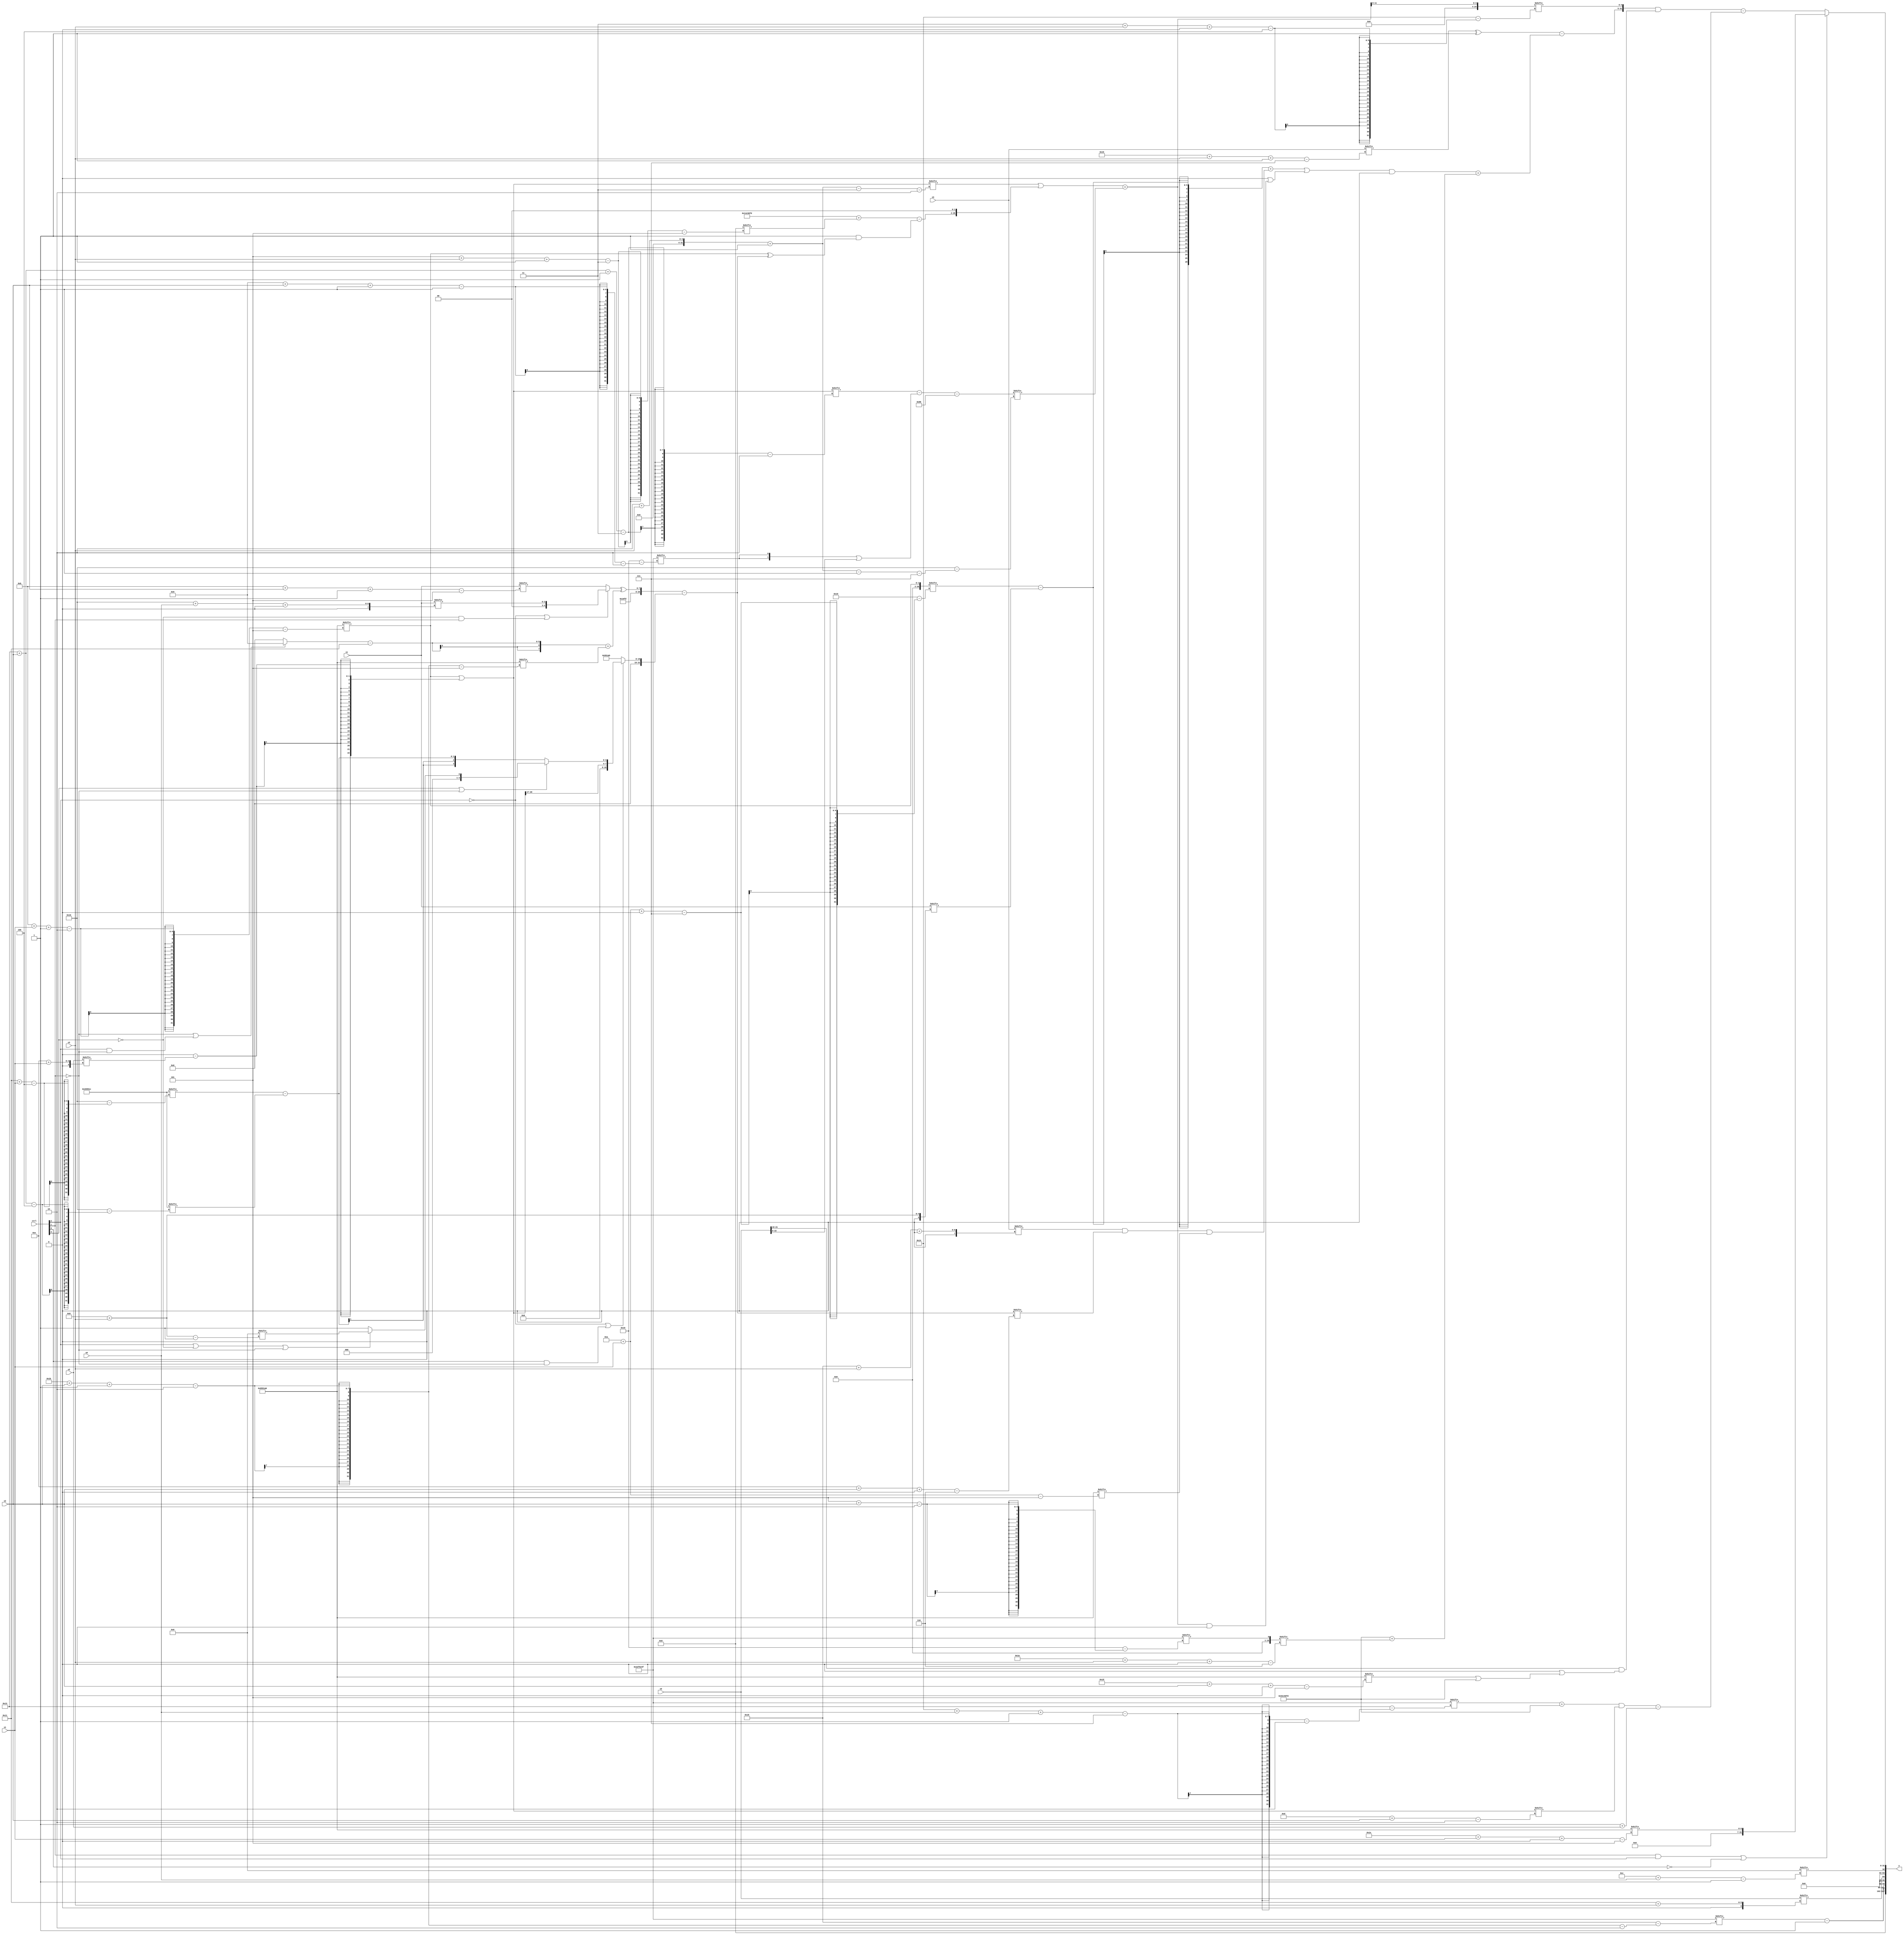
module partsel_00795(ctrl, s0, s1, s2, s3, x0, x1, x2, x3, y);
  input [3:0] ctrl;
  input [2:0] s0;
  input [2:0] s1;
  input [2:0] s2;
  input [2:0] s3;
  input [31:0] x0;
  input signed [31:0] x1;
  input [31:0] x2;
  input signed [31:0] x3;
  wire signed [24:1] x4;
  wire [28:0] x5;
  wire [30:5] x6;
  wire signed [7:27] x7;
  wire [24:2] x8;
  wire signed [27:6] x9;
  wire signed [30:3] x10;
  wire signed [7:29] x11;
  wire [28:6] x12;
  wire [0:29] x13;
  wire [25:6] x14;
  wire signed [4:28] x15;
  output [127:0] y;
  wire [31:0] y0;
  wire signed [31:0] y1;
  wire signed [31:0] y2;
  wire [31:0] y3;
  assign y = {y0,y1,y2,y3};
  localparam [2:27] p0 = 170855583;
  localparam [28:5] p1 = 344281515;
  localparam [4:30] p2 = 625774845;
  localparam [4:26] p3 = 237016348;
  assign x4 = p3[12];
  assign x5 = {p2, ((!ctrl[2] || !ctrl[3] && ctrl[1] ? x1[22 + s0 +: 3] : x1[11 + s2 -: 5]) ^ (((!ctrl[1] || ctrl[2] && !ctrl[1] ? p3[11 +: 4] : x4[18 -: 2]) - {2{p3[22 -: 4]}}) + p1[27 + s2 -: 2]))};
  assign x6 = {2{p2[16]}};
  assign x7 = p1[11 + s1 -: 2];
  assign x8 = (x7 | (x4[9] - x2[14 + s1]));
  assign x9 = (!ctrl[0] && ctrl[0] && ctrl[0] ? p1[17] : x1[8 + s3]);
  assign x10 = x3[24 + s3 +: 6];
  assign x11 = ((x8[19 + s2 -: 3] - ({2{p0[9 + s2 -: 1]}} | x0)) - {2{p2[21 -: 4]}});
  assign x12 = (x5 - (!ctrl[2] || ctrl[0] && !ctrl[1] ? {x8[19 +: 4], (ctrl[3] || ctrl[3] || !ctrl[1] ? (ctrl[2] || !ctrl[3] || !ctrl[1] ? (x4[8 + s3] | p1[18]) : p3[8 +: 4]) : (p3[17 + s1] - p3[19 + s2]))} : p1));
  assign x13 = ((x8[2 + s3 -: 3] | {((p2 + x6[5 + s3 -: 3]) - (p1[21] & (x7 ^ x12))), (p3[8 +: 1] + {2{p2[14]}})}) + x11[2 + s3 -: 1]);
  assign x14 = p0[5 + s2];
  assign x15 = x13[18 +: 4];
  assign y0 = {2{(p0[27 + s2 -: 2] - p3[12 +: 3])}};
  assign y1 = x0[17 + s3];
  assign y2 = x4[12 + s0];
  assign y3 = (ctrl[1] && ctrl[2] || !ctrl[0] ? p1[30 + s1 +: 7] : (({{(p2[20] + x3[24 + s2 +: 2]), ((x3[21 + s3 -: 7] ^ p0[16 -: 4]) - (((((x7[10 + s1 +: 5] - x9) + ((x10 & x12[14 + s2 +: 4]) & p1[10 + s1])) | (x4[10 +: 4] | (x13 & x10[11 +: 3]))) & p0[12]) + ((x15[16 -: 3] | p2) + x14[26 + s3 +: 1])))}, x15[3 + s3 +: 5]} & (x0[19 +: 3] & ((p1[18 -: 1] | (x7[19] | x9[16 +: 1])) | (p1[29 + s2 +: 5] | p2)))) - (((p0[20 + s0 -: 7] + p2) & x8[13 + s2]) - (p1[17] + x2))));
endmodule